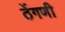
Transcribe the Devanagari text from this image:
ठेंगणी